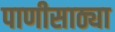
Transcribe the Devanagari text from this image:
पाणीसाठ्या